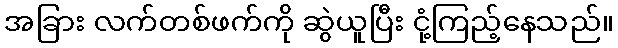
အခြား လက်တစ်ဖက်ကို ဆွဲယူပြီး ငုံ့ကြည့်နေသည်။